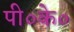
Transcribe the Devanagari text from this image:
पी०के०